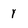
Character: y